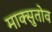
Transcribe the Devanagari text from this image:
माक्सुतोव